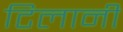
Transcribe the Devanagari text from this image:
टिलानी